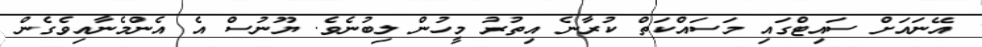
އޭނައަށް ސައިޓްގައި މަސައްކަތް ކުރާނެ އިތުރު މީހުން ލިބުނެވެ. ޔޫނުސް އެ އެންމެނާއިވެގެން